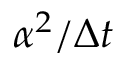
\alpha ^ { 2 } / \Delta t